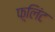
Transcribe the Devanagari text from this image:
फ़्लिंट